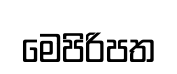
මෙපිරිපත